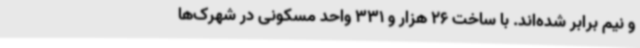
و نیم برابر شده‌اند. با ساخت 26 هزار و 331 واحد مسکونی در شهرک‌ها